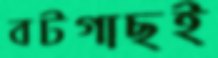
বটগাছই